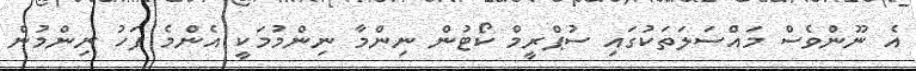
އެ ނޫންވެސް މައްސަލަތަކުގައި ސުޕްރީމް ކޯޓުން ނިންމާ ނިންމުމަކީ އެންމެ ފަހު ނިންމުން